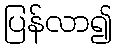
ပြန်လာ၍